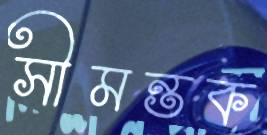
সীমন্তক